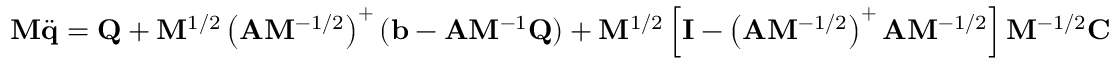
\mathbf { M } { \ddot { \mathbf { q } } } = \mathbf { Q } + \mathbf { M } ^ { 1 / 2 } \left( \mathbf { A } \mathbf { M } ^ { - 1 / 2 } \right) ^ { + } ( \mathbf { b } - \mathbf { A } \mathbf { M } ^ { - 1 } \mathbf { Q } ) + \mathbf { M } ^ { 1 / 2 } \left[ \mathbf { I } - \left( \mathbf { A } \mathbf { M } ^ { - 1 / 2 } \right) ^ { + } \mathbf { A } \mathbf { M } ^ { - 1 / 2 } \right] \mathbf { M } ^ { - 1 / 2 } \mathbf { C }